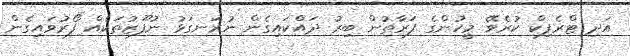
އަދި ޓްރެފިކް ކުރެވޭ މީހުންގެ ފަރާތުން ބިރު ދައްކައިގެން ނުރަނގަޅު ނުފޫޒުތަކެއް ފޯރުވައިގެން